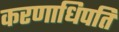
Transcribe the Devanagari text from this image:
करणाधिपति